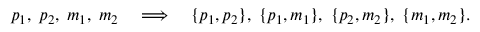
p _ { 1 } , \; p _ { 2 } , \; m _ { 1 } , \; m _ { 2 } \quad \Longrightarrow \quad \{ p _ { 1 } , p _ { 2 } \} , \; \{ p _ { 1 } , m _ { 1 } \} , \; \{ p _ { 2 } , m _ { 2 } \} , \; \{ m _ { 1 } , m _ { 2 } \} .